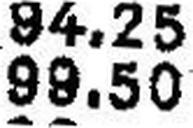
99.50